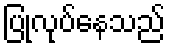
ပြုလုပ်နေသည်